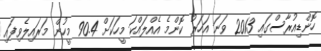
ހޮންޑިއުރާސްގައި 2013 ވަނަ އަހަރު ކޮންމެ އެއްލައްކަ މީހަކަށް 90.4 މީހުން މަރައިލެވިފައި